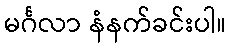
မင်္ဂလာ နံနက်ခင်းပါ။